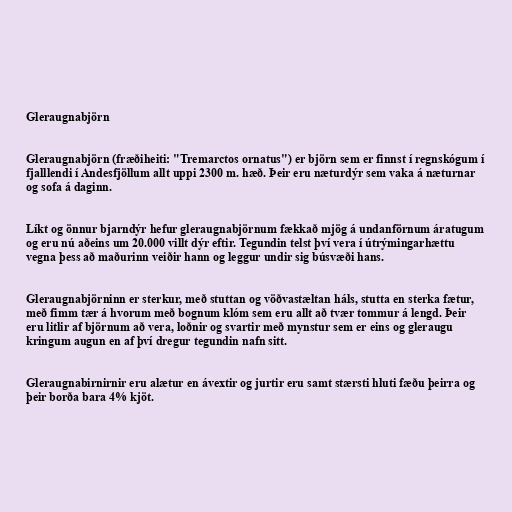
Gleraugnabjörn

Gleraugnabjörn (fræðiheiti: "Tremarctos ornatus") er björn sem er finnst í regnskógum í
fjalllendi í Andesfjöllum allt uppi 2300 m. hæð. Þeir eru næturdýr sem vaka á næturnar
og sofa á daginn.

Líkt og önnur bjarndýr hefur gleraugnabjörnum fækkað mjög á undanförnum áratugum
og eru nú aðeins um 20.000 villt dýr eftir. Tegundin telst því vera í útrýmingarhættu
vegna þess að maðurinn veiðir hann og leggur undir sig búsvæði hans.

Gleraugnabjörninn er sterkur, með stuttan og vöðvastæltan háls, stutta en sterka fætur,
með fimm tær á hvorum með bognum klóm sem eru allt að tvær tommur á lengd. Þeir
eru litlir af björnum að vera, loðnir og svartir með mynstur sem er eins og gleraugu
kringum augun en af því dregur tegundin nafn sitt.

Gleraugnabirnirnir eru alætur en ávextir og jurtir eru samt stærsti hluti fæðu þeirra og
þeir borða bara 4% kjöt.